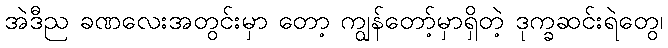
အဲဒီည ခဏလေးအတွင်းမှာ တော့ ကျွန်တော့်မှာရှိတဲ့ ဒုက္ခဆင်းရဲတွေ၊